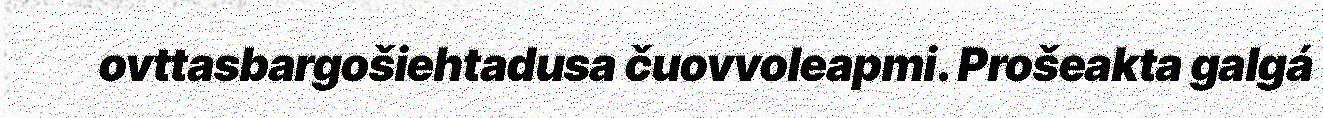
ovttasbargošiehtadusa čuovvoleapmi. Prošeakta galgá